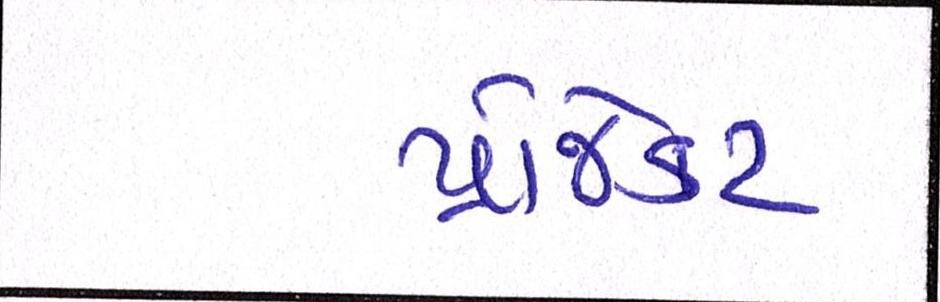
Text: પ્રોજેક્ટ